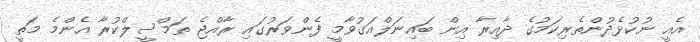
އެއީ ނުކުޅެދުންތެރިކަމުގެ ދާއިރާ އިން ބައިނަލްއަގުވާމީ ފެންވަރުގައި ރާއްޖެ ތަމްސީލްކުރާ އެންމެ މަތީ